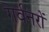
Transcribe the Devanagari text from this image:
गर्वनरों